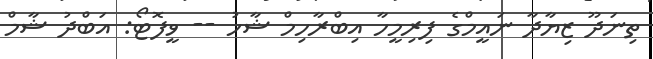
ތިނަދޫ ޒިޔާދާ ނައީމްގެ ފިރިމީހާ އިބްރާހިމް ޝާހު -- ވީފޮޓޯ: އަބްދު ޝާމް